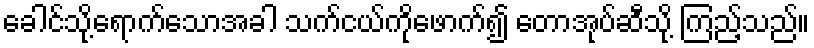
ခေါင်သို့ရောက်သောအခါ သက်ငယ်ကိုဖောက်၍ တောအုပ်ဆီသို့ ကြည့်သည်။